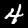
Label: 4